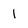
Character: 1